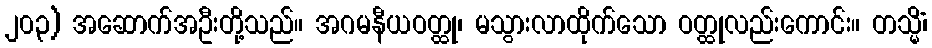
၂၀၃) အဆောက်အဦးတို့သည်။ အဂမနီယဝတ္ထု၊ မသွားလာထိုက်သော ဝတ္ထုလည်းကောင်း။ တသ္မိံ၊